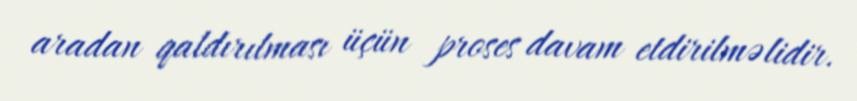
aradan qaldırılması üçün proses davam etdirilməlidir.